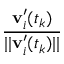
\frac { \mathbf { v } _ { i } ^ { \prime } ( t _ { k } ) } { | | \mathbf { v } _ { i } ^ { \prime } ( t _ { k } ) | | }